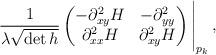
LaTeX: \begin{align*}\frac{1}{\lambda \sqrt{\det h}}\begin{pmatrix}-\partial^2_{xy}H & -\partial^2_{yy}\\\partial^2_{xx}H & \partial^2_{xy}H\end{pmatrix}\Bigg|_{p_k}\,,\end{align*}